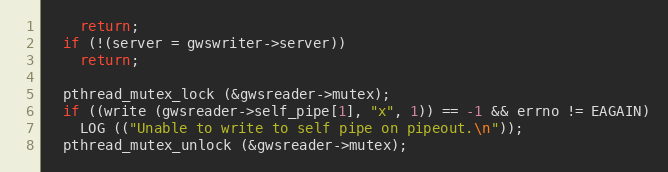
Language: C
    return;
  if (!(server = gwswriter->server))
    return;

  pthread_mutex_lock (&gwsreader->mutex);
  if ((write (gwsreader->self_pipe[1], "x", 1)) == -1 && errno != EAGAIN)
    LOG (("Unable to write to self pipe on pipeout.\n"));
  pthread_mutex_unlock (&gwsreader->mutex);